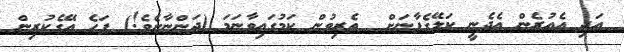
އަދި އެއުރެން އެދެނީ ކަލޭގެފާނަށް  ތެރިވުން ކަމުގައިވާނަމަ (ދަންނާށެވެ!) ފަހެ އޭގެކުރިން